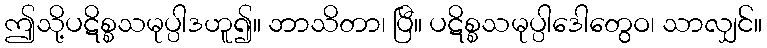
ဤသို့ပဋိစ္စသမုပ္ပါဒဟူ၍။ ဘာသိတာ၊ ပြီ။ ပဋိစ္စသမုပ္ပါဒေါတွေဝ၊ သာလျှင်။